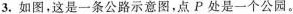
3.如图，这是一条公路示意图，点P处是一个公园。